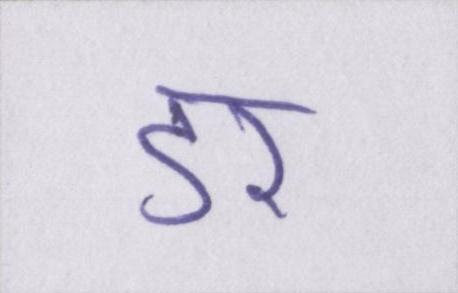
डर